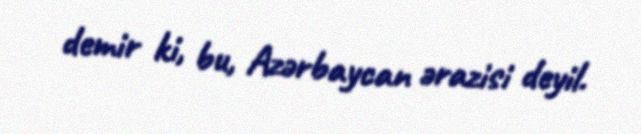
demir ki, bu, Azərbaycan ərazisi deyil.